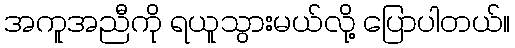
အကူအညီကို ရယူသွားမယ်လို့ ပြောပါတယ်။